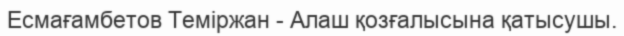
Есмағамбетов Теміржан - Алаш қозғалысына қатысушы.